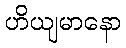
ဟိယျမာနော